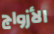
الأزواج